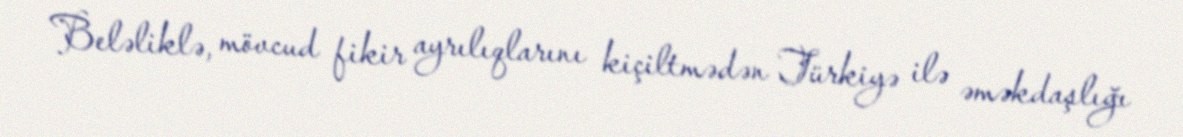
Beləliklə, mövcud fikir ayrılıqlarını kiçiltmədən Türkiyə ilə əməkdaşlığı